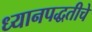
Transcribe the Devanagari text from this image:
ध्यानपद्धतीचे